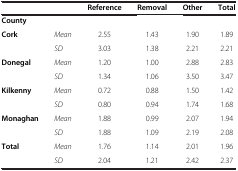
<table><thead><tr><td></td><td></td><td><b>Reference</b></td><td><b>Removal</b></td><td><b>Other</b></td><td><b>Total</b></td></tr></thead><tbody><tr><td><b>County</b></td><td></td><td></td><td></td><td></td><td></td></tr><tr><td><b>Cork</b></td><td><i>Mean</i></td><td>2.55</td><td>1.43</td><td>1.90</td><td>1.89</td></tr><tr><td></td><td><i>SD</i></td><td>3.03</td><td>1.38</td><td>2.21</td><td>2.21</td></tr><tr><td><b>Donegal</b></td><td><i>Mean</i></td><td>1.20</td><td>1.00</td><td>2.88</td><td>2.83</td></tr><tr><td></td><td><i>SD</i></td><td>1.34</td><td>1.06</td><td>3.50</td><td>3.47</td></tr><tr><td><b>Kilkenny</b></td><td><i>Mean</i></td><td>0.72</td><td>0.88</td><td>1.50</td><td>1.42</td></tr><tr><td></td><td><i>SD</i></td><td>0.80</td><td>0.94</td><td>1.74</td><td>1.68</td></tr><tr><td><b>Monaghan</b></td><td><i>Mean</i></td><td>1.88</td><td>0.99</td><td>2.07</td><td>1.94</td></tr><tr><td></td><td><i>SD</i></td><td>1.88</td><td>1.09</td><td>2.19</td><td>2.08</td></tr><tr><td><b>Total</b></td><td><i>Mean</i></td><td>1.76</td><td>1.14</td><td>2.01</td><td>1.96</td></tr><tr><td></td><td><i>SD</i></td><td>2.04</td><td>1.21</td><td>2.42</td><td>2.37</td></tr></tbody></table>